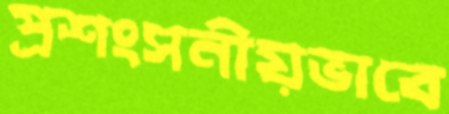
প্রশংসনীয়ভাবে